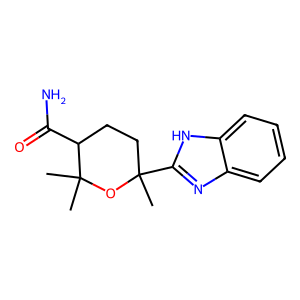
SMILES: CC1(c2nc3ccccc3[nH]2)CCC(C(N)=O)C(C)(C)O1
Inhibits HIV replication: No